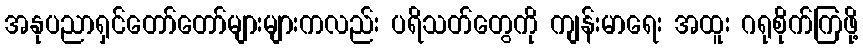
အနုပညာရှင်တော်တော်များများကလည်း ပရိသတ်တွေကို ကျန်းမာရေး အထူး ဂရုစိုက်ကြဖို့